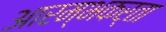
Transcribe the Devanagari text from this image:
आरम्भकर्ता